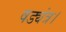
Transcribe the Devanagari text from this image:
षड्यंत्र।